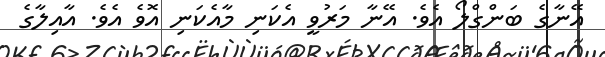
އޭނާގެ ބަންގްލޯ އެވެ. އޭނާ މަރުވީ އެކަނި މާއެކަނި އޮވެ އެވެ. އާއިލާގެ